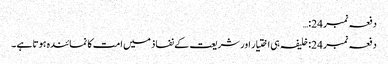
دفعہ نمبر 24:…
دفعہ نمبر 24: خلیفہ ہی اختیار اور شریعت کے نفاذ میں امت کا نمائندہ ہوتا ہے ۔